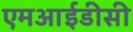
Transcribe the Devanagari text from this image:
एमआईडीसी